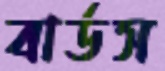
বার্ডস